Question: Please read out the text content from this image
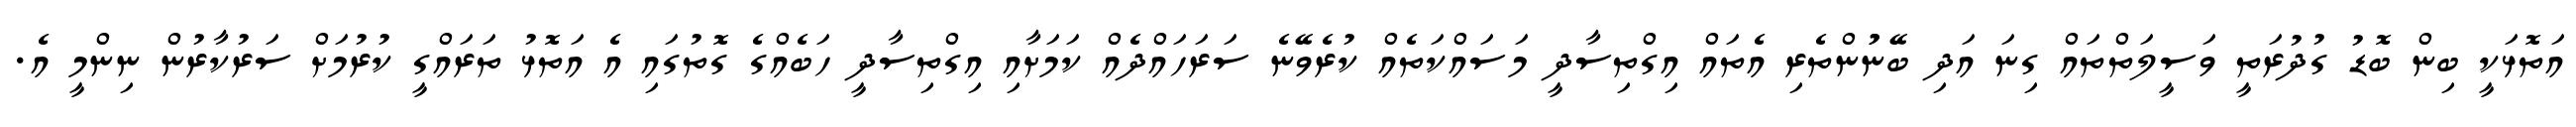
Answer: އަތޮޅަކީ ބިން ބޮޑު ގުދުރަތީ ވަސީލަތްތައް ގިނަ އަދި ބޭނުުންތެރި އެތައް އިގްތިސާދީ މަސައްކަތެއް ކުރެވޭނެ ސަރަހައްދެއް ކަމަށާއި އިގްތިސާދީ ހަބެއްގެ ގޮތުގައި އެ އަތޮޅު ތަރައްގީ ކުރުމަށް ސަރުކާރުން ނިންމީ އެ.